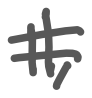
Text: 11,
Cross-out: double-line
Writing tool: digital_gray